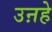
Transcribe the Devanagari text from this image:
उऩहे